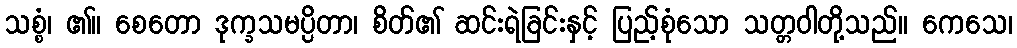
သစ္စံ၊ ၏။ စေတော ဒုက္ခသမပ္ပိတာ၊ စိတ်၏ ဆင်းရဲခြင်းနှင့် ပြည့်စုံသော သတ္တဝါတို့သည်။ ကေသေ၊